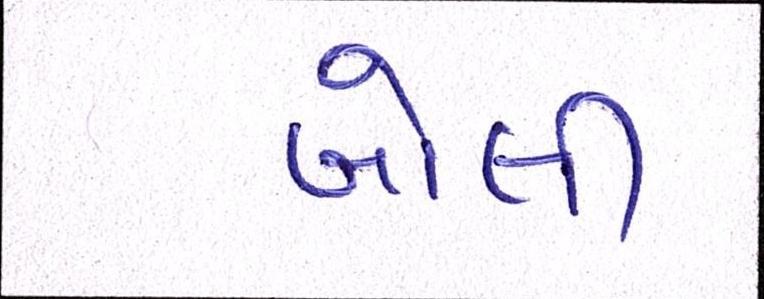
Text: બોલી